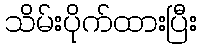
သိမ်းပိုက်ထားပြီး